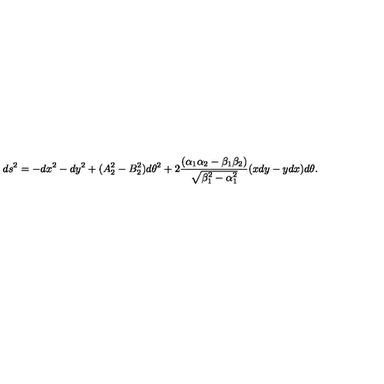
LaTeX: d s ^ { 2 } = - d x ^ { 2 } - d y ^ { 2 } + ( A _ { 2 } ^ { 2 } - B _ { 2 } ^ { 2 } ) d \theta ^ { 2 } + 2 { \frac { ( \alpha _ { 1 } \alpha _ { 2 } - \beta _ { 1 } \beta _ { 2 } ) } { \sqrt { \beta _ { 1 } ^ { 2 } - \alpha _ { 1 } ^ { 2 } } } } ( x d y - y d x ) d \theta .